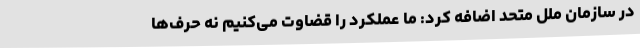
در سازمان ملل متحد اضافه کرد: ما عملکرد را قضاوت می‌کنیم نه حرف‌ها